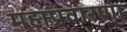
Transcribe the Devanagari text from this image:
महाप्रवारणा